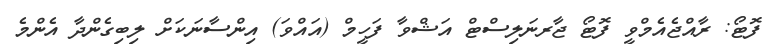
ފޮޓޯ: ރާއްޖެއެމްވީ ފޮޓޯ ޖާރނަލިސްޓް އަޝްވާ ފަހީމް (އައްވަ) އިންސާނަކަށް ލިބިގެންދާ އެންމެ